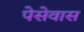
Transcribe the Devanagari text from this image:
पेसेवास